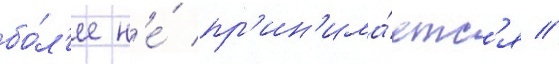
бо́л'ее н'е́ пр'ин'има́етс'я //